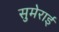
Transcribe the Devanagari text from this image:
सुमेराई